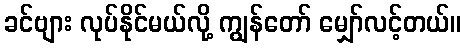
ခင်ဗျား လုပ်နိုင်မယ်လို့ ကျွန်တော် မျှော်လင့်တယ်။